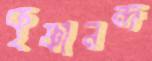
কৃষ্ণানন্দ